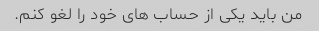
من باید یکی از حساب های خود را لغو کنم.